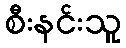
စီးနင်းသူ